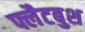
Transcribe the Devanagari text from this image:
फ्लैटबुश